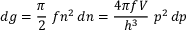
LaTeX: d g = { \frac { \pi } { 2 } } ~ f n ^ { 2 } \, d n = { \frac { 4 \pi f V } { h ^ { 3 } } } ~ p ^ { 2 } \, d p